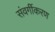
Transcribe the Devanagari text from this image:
संवर्गीकरण